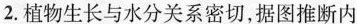
2.植物生长与水分关系密切，据图推断内